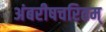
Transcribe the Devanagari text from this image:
अंबरीषचरितम्